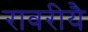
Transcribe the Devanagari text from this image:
रावरीयै